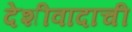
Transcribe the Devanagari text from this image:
देशीवादाची